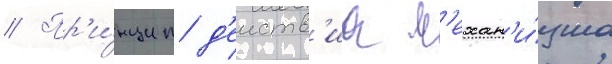
// Пр'и́нцип д'еиств'иа м'ехан'и́зма